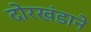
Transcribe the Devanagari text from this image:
दोरखंडाने